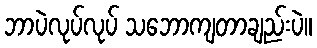
ဘာပဲလုပ်လုပ် သဘောကျတာချည်းပဲ။